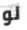
لو